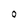
Character: O